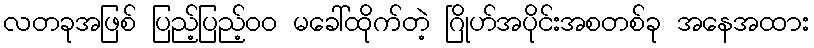
လတခုအဖြစ် ပြည့်ပြည့်၀၀ မခေါ်ထိုက်တဲ့ ဂြိုဟ်အပိုင်းအစတစ်ခု အနေအထား